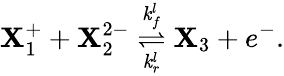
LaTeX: \mathbf{X}_{1}^{+}+\mathbf{X}_{2}^{2-}\overset{\mathit{k}_{f}^{l}}{\underset{\mathit{k}_{r}^{l}}{\rightleftharpoons}}\mathbf{X}_{3}+e^{-}.